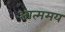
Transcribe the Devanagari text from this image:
आत्ममय